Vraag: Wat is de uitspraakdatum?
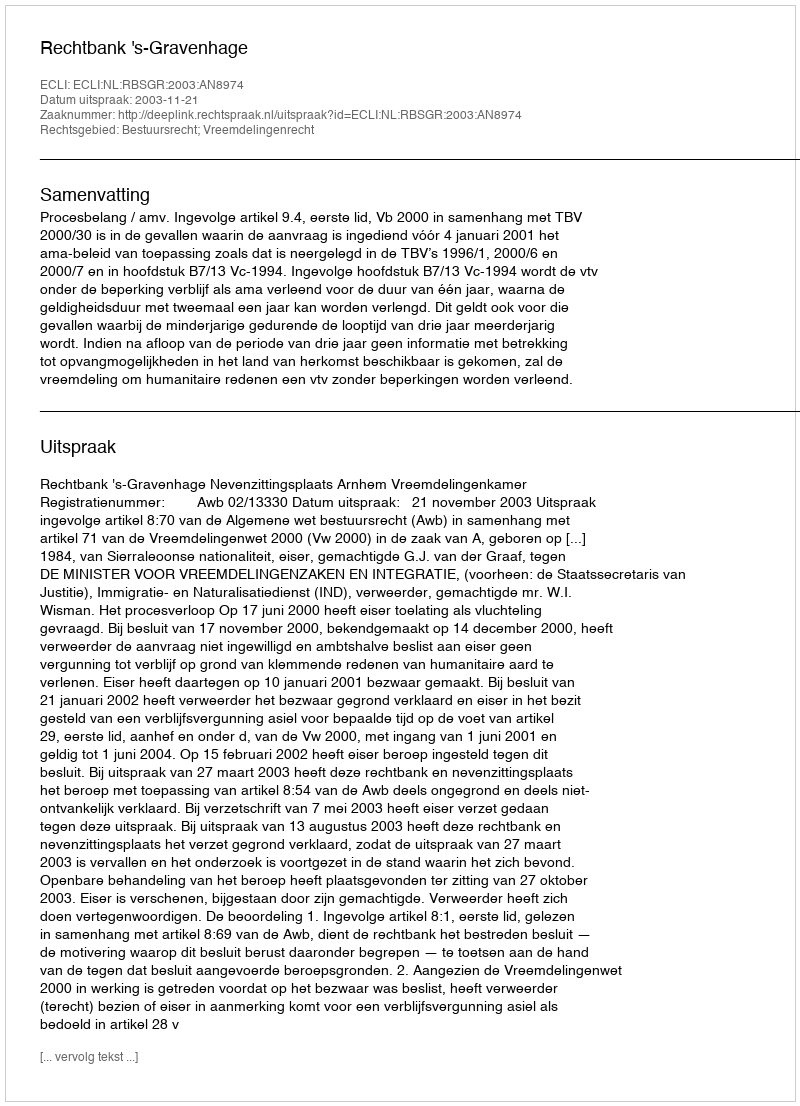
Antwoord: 2003-11-21